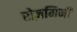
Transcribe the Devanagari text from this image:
रोज़मिनी